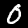
Label: 0